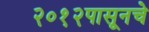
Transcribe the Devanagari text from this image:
२०१२पासूनचे